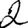
Digit: 2